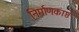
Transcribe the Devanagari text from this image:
निर्माणकाष्ठ